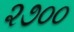
૨૭૦૦